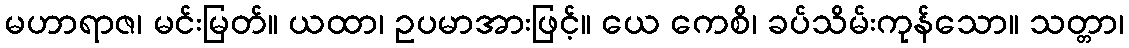
မဟာရာဇ၊ မင်းမြတ်။ ယထာ၊ ဥပမာအားဖြင့်။ ယေ ကေစိ၊ ခပ်သိမ်းကုန်သော။ သတ္တာ၊